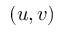
( u , v )